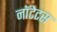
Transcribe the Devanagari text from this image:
नॉटेटस